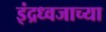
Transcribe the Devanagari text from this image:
इंद्रध्वजाच्या